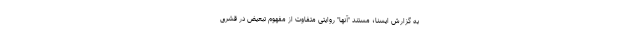
به گزارش ایسنا؛ مستند "آنها" روایتی متفاوت از مفهومِ تبعیض در قشری